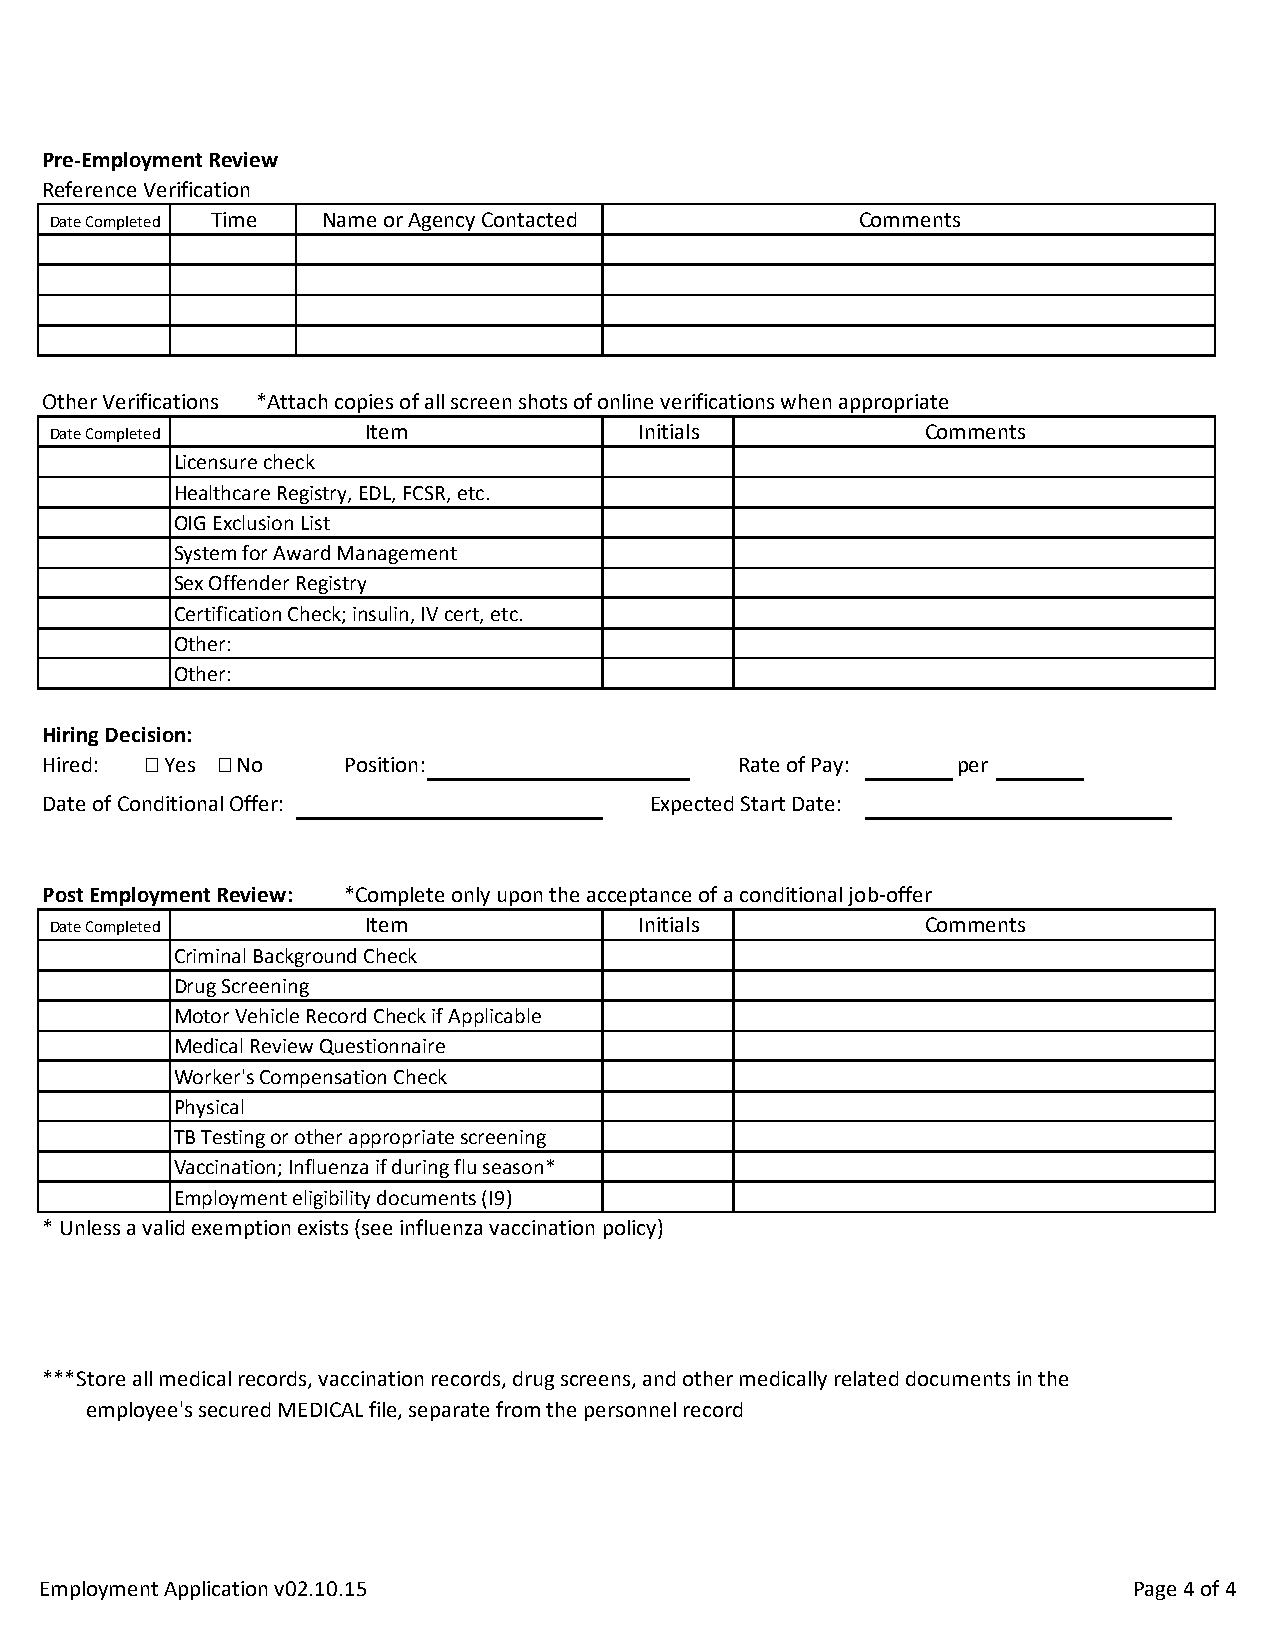
Pre-Employment Review
 Reference Verification
 Date Completed Time Name or Agency Contacted         Comments
 Other Verifications *Attach copies of all screen shots of online verifications when appropriate
 Date Completed       Item              Initials           Comments
 Licensure check
 Healthcare Registry, EDL, FCSR, etc.
 OIG Exclusion List
 System for Award Management
 Sex Offender Registry
 Certification Check; insulin, IV cert, etc.
 Other:
 Other:
 Hiring Decision:
 Hired:  Yes  No   Position:                 Rate of Pay:   per
 Date of Conditional Offer:               Expected Start Date:
 Post Employment Review: *Complete only upon the acceptance of a conditional job-offer
 Date Completed       Item              Initials           Comments
 Criminal Background Check
 Drug Screening
 Motor Vehicle Record Check if Applicable
 Medical Review Questionnaire
 Worker's Compensation Check
 Physical
 TB Testing or other appropriate screening
 Vaccination; Influenza if during flu season*
 Employment eligibility documents (I9)
 *Unless a valid exemption exists (see influenza vaccination policy)
 ***Store all medical records, vaccination records, drug screens, and other medically related documents in the
 employee's secured MEDICAL file, separate from the personnel record
 Employment Application v02.10.15                                         Page 4 of 4